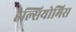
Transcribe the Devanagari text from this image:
हैल्सियोमिस